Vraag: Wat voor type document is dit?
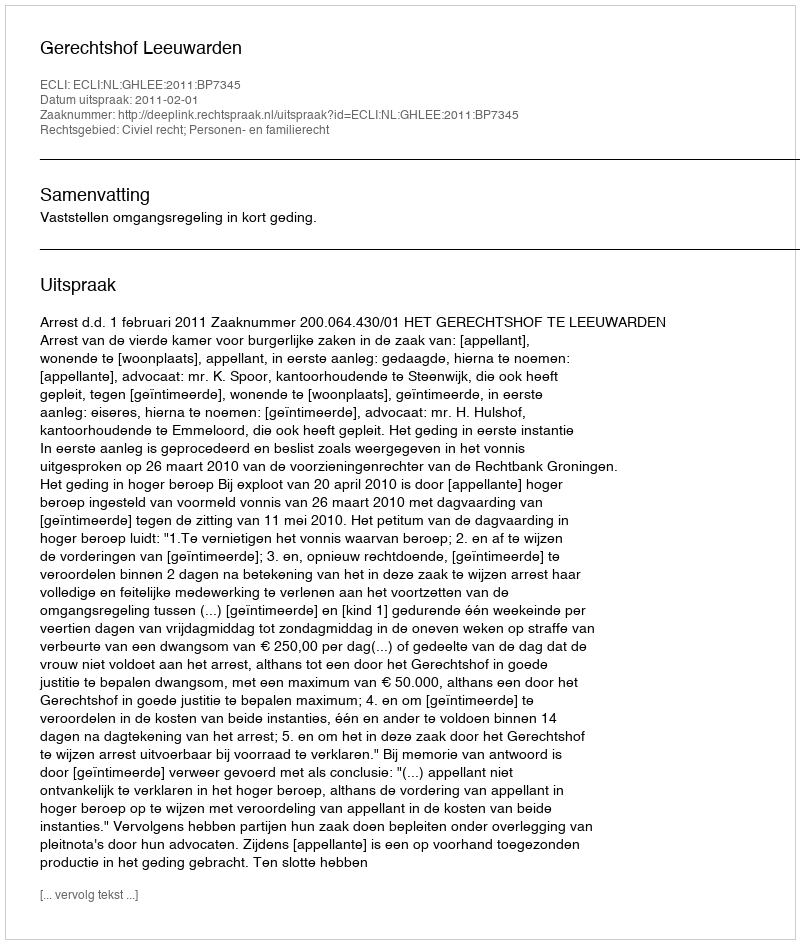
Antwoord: Uitspraak